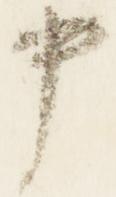
中